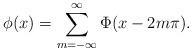
LaTeX: \begin{align*}\phi(x) = \sum_{m = -\infty}^{\infty} \Phi(x - 2 m \pi).\end{align*}